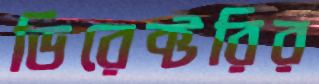
ডিরেক্টরির